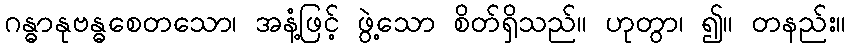
ဂန္ဓာနုဗန္ဓစေတသော၊ အနံ့ဖြင့် ဖွဲ့သော စိတ်ရှိသည်။ ဟုတွာ၊ ၍။ တနည်း။